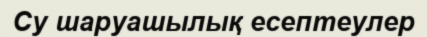
Су шаруашылық есептеулер